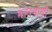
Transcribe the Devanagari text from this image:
महत्त्बाची